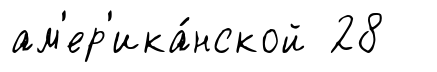
ам'ер'ика́нской 28